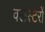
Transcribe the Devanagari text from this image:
क्लस्टरों